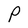
Character: P